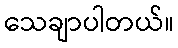
သေချာပါတယ်။